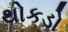
થોકડો